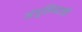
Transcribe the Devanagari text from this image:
अंगुलिपटलों